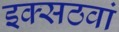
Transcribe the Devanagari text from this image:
इक्सठवां